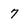
Character: 7